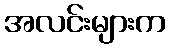
အလင်းများက